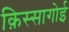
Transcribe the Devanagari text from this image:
क़िस्सागोई